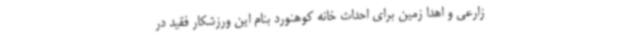
زارعی و اهدا زمین برای احداث خانه کوهنورد بنام این ورزشکار فقید در